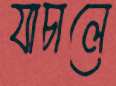
যাচালে